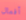
أفعال